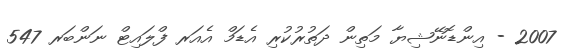
2007 - އިންޑޮނޭޝިޔާ މަތިން ދަތުރުކުރި އެޑަމް އެއަރ ފްލައިޓް ނަންބަރ 547